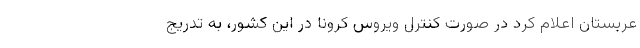
عربستان اعلام کرد در صورت کنترل ویروس کرونا در این کشور، به تدریج